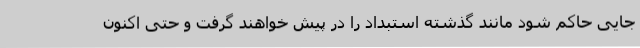
جایی حاکم شود مانند گذشته استبداد را در پیش خواهند گرفت و حتی اکنون